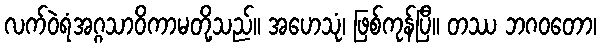
လက်ဝဲရံအဂ္ဂသာဝိကာမတို့သည်။ အဟေသုံ၊ ဖြစ်ကုန်ပြီ။ တဿ ဘဂဝတော၊